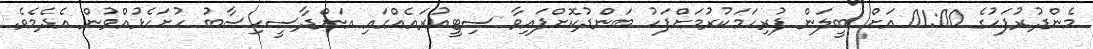
މެންދުރުފަހުގެ 01:00 އަށް ބީލަން ފުރިހަމަކުރުމަށްފަހު ބަންދުކޮށްފައިވާ ސިޓީއުރައެއްގައި އަންދާސީހިސާބު ހުށަހެޅުއްވުން އެދެމެވެ.